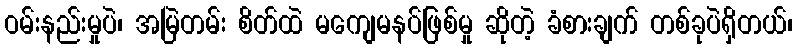
ဝမ်းနည်းမှုပဲ၊ အမြဲတမ်း စိတ်ထဲ မကျေမနပ်ဖြစ်မှု ဆိုတဲ့ ခံစားချက် တစ်ခုပဲရှိတယ်၊